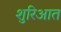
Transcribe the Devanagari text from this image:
शुरिआत